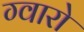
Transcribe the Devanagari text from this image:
ग्वारो